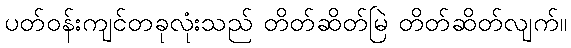
ပတ်ဝန်းကျင်တခုလုံးသည် တိတ်ဆိတ်မြဲ တိတ်ဆိတ်လျက်။